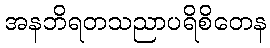
အနဘိရတသညာပရိစိတေန